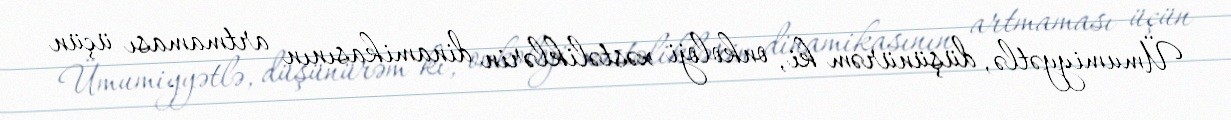
Ümumiyyətlə, düşünürəm ki, onkoloji xəstəliklərin dinamikasının artmaması üçün